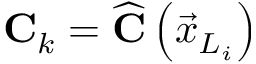
\mathbf { C } _ { k } = \widehat { \mathbf { C } } \left( \vec { x } _ { L _ { i } } \right)